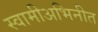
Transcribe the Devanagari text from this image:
स्वामीअभिनीत